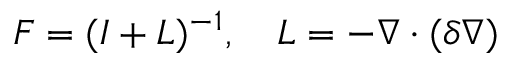
F = ( I + L ) ^ { - 1 } , \quad L = - \nabla \cdot ( \delta \nabla )